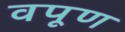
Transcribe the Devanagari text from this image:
वपूण